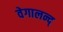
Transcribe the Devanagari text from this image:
वेगालन्द्